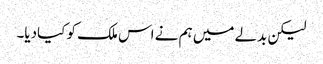
لیکن بدلے میں ہم نے اس ملک کو کیادیا۔